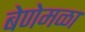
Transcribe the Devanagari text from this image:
बेणेमळा